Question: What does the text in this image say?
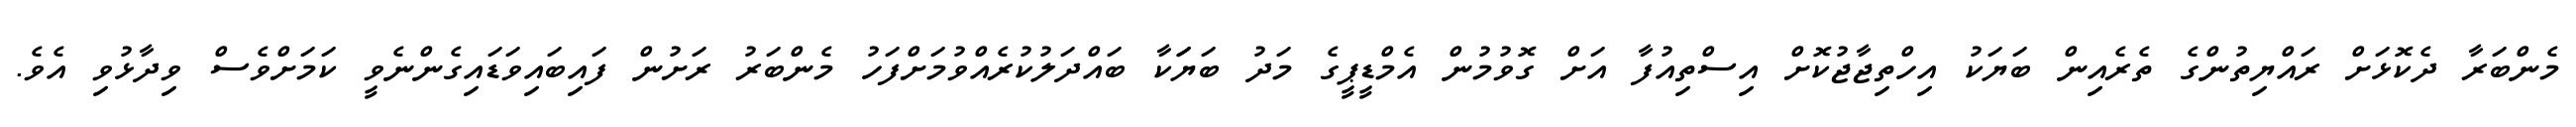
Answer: މެންބަރާ ދެކޮޅަށް ރައްޔިތުންގެ ތެރެއިން ބަޔަކު އިހްތިޖާޖުކޮށް އިސްތިއުފާ އަށް ގޮވުމުން އެމްޑީޕީގެ މަދު ބަޔަަކާ ބައްދަލުކުރެއްވުމަށްފަހު މެންބަރު ރަށުން ފައިބައިވަޑައިގެންނެވީ ކަމަށްވެސް ވިދާޅުވި އެވެ.